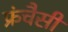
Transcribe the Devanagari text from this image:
फ्रंचैसी